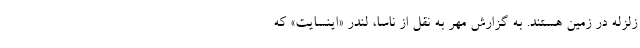
زلزله در زمین هستند. به گزارش مهر به نقل از ناسا، لندر «اینسایت» که